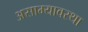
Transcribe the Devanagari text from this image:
असाम्यावस्था